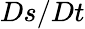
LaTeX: Ds/Dt